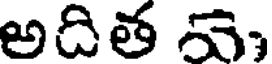
అదిత చె,